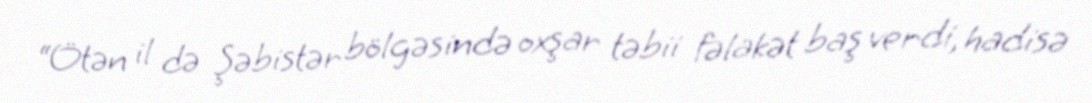
“Ötən il də Şəbistər bölgəsində oxşar təbii fəlakət baş verdi, hadisə